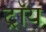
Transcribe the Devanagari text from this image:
ट्राॅय